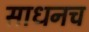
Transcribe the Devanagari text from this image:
साधनच